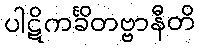
ပါဋိကင်္ခိတဗ္ဗာနီတိ